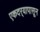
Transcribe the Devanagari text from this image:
एकदर्‍यापासून